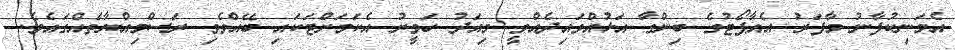
އެމަނިކުފާނު މާފަރު އެއާޕޯޓުގެ ބިންގާ އަޅުއްވައިދެއްވީ މިއަދު ހަވީރު އެކަމަށްޓަކައި ބޭއްވެވި ރަސްމިއްޔާތެއްގައެވެ.